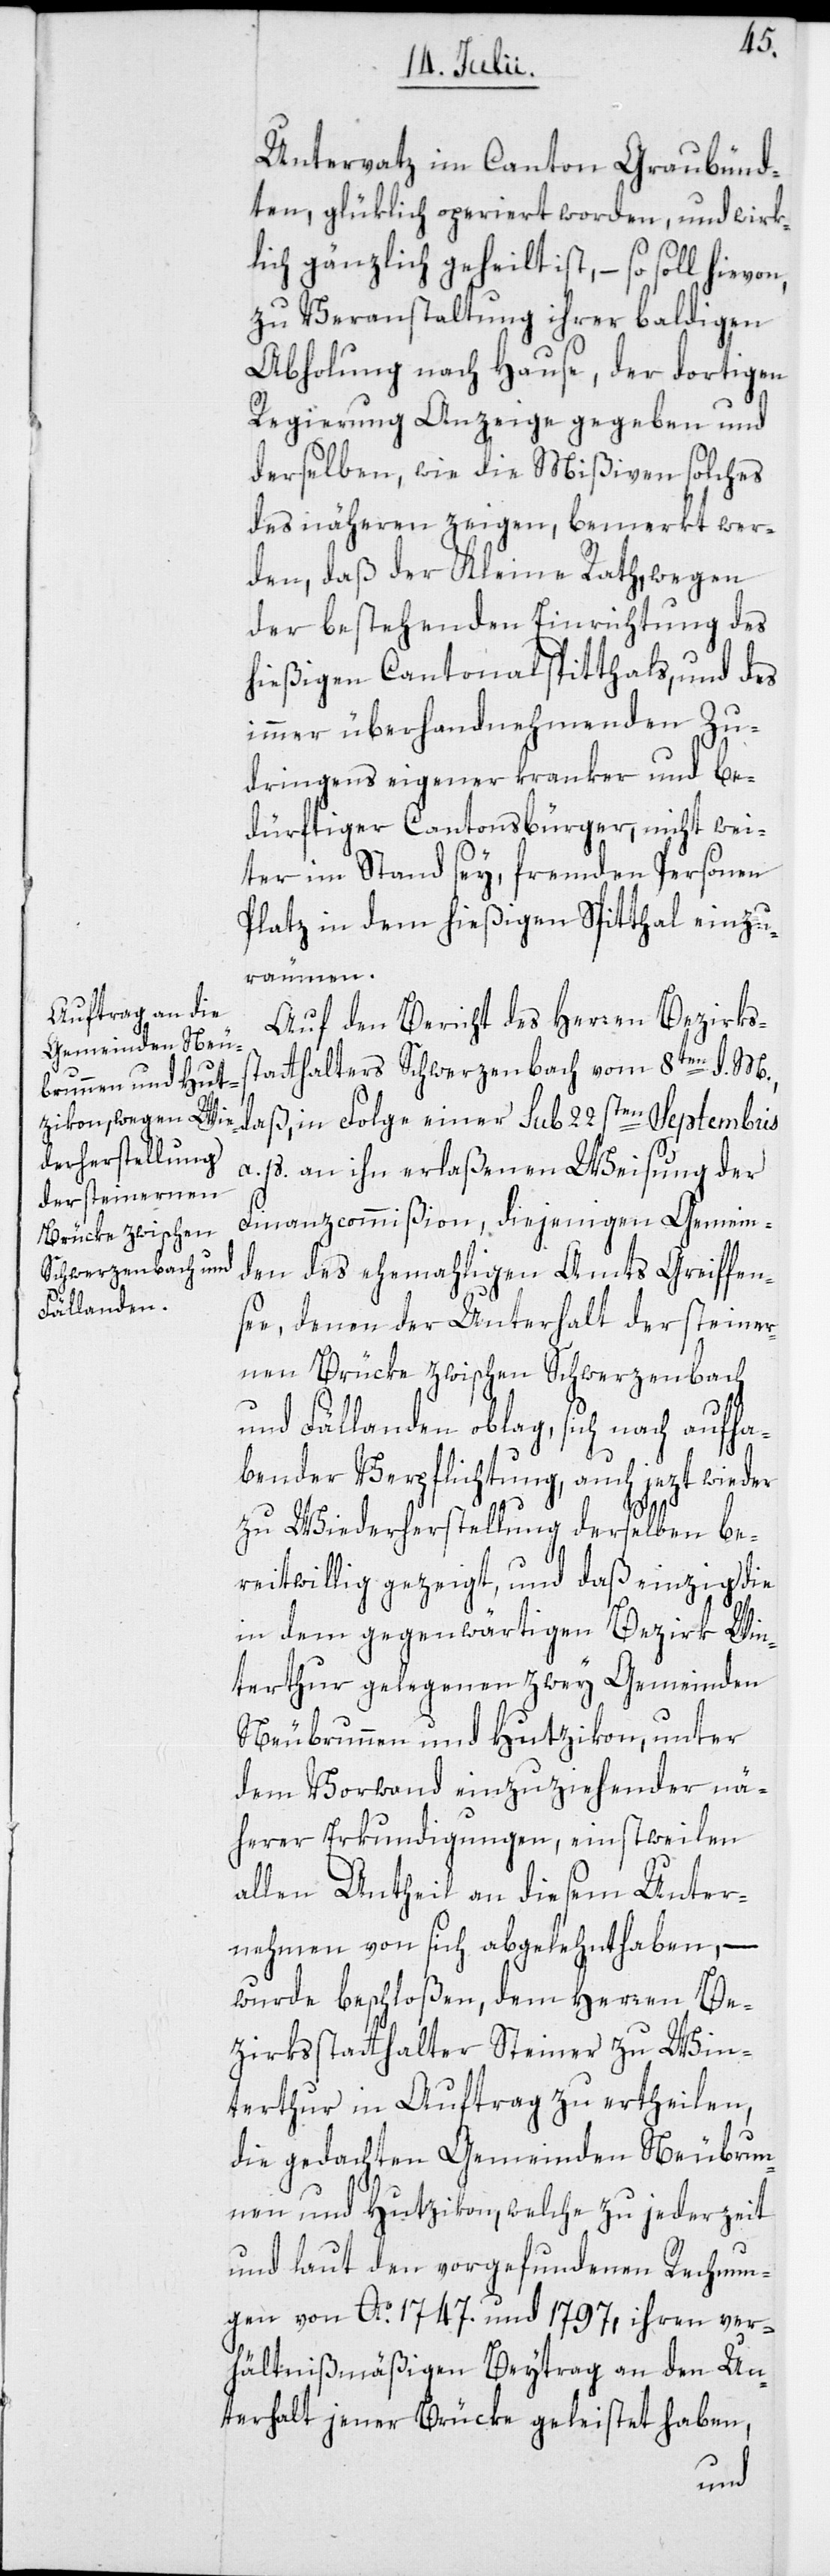
Untervatz im Canton Graubünd¬
ten, glüklich operiert worden, und wirk¬
lich gänzlich geheilt ist, – so soll hievon,
zu Veranstaltung ihrer baldigen
Abholung nach Hause, der dortigen
Regierung Anzeige gegeben und
derselben, wie die Mißiven solches
des näheren zeigen, bemerkt wer¬
den, daß der Kleine Rath, wegen
der bestehenden Einrichtung des
hießigen Cantonalspitthals, und des
immer überhandnehmenden Zu¬
dringens eigener kranker und be¬
dürftiger Cantonsbürger, nicht wei¬
ter im Stand sey, fremden Personen
Platz in dem hießigen Spitthal einzu¬
räumen.
Auf den Bericht des Herren Bezirks¬
statthalters Schwerzenbach vom 8ten d. M.,
daß, in Folge einer sub 22sten Septembris
a. p. an ihn erlaßenen Weisung der
Finanzcommißion, diejenigen Gemein¬
den des ehemahligen Amts Greiffen¬
see, denen der Unterhalt der steiner¬
nen Brücke zwischen Schwerzenbach
und Fällanden oblag, sich nach aufha¬
bender Verpflichtung, auch jezt wieder
zu Wiederherstellung derselben be¬
reitwillig gezeigt, und daß einzig die
in dem gegenwärtigen Bezirk Win¬
terthur gelegenen zwey Gemeinden
Neubrunnen und Hutzikon, unter
dem Vorwand einzuziehender nä¬
herer Erkundigungen, einstweilen
allen Antheil an diesem Unter¬
nehmen von sich abgelehnt haben, –
wurde beschloßen, dem Herren Be¬
zirksstatthalter Steiner zu Win¬
terthur in Auftrag zu ertheilen,
die gedachten Gemeinden Neubrun¬
nen und Hutzikon, welche zu jederzeit
und laut den vorgefundenen Rechnun¬
gen von Ao 1747. und 1797, ihren ver¬
hältnißmäßigen Beytrag an den Un¬
terhalt jener Brücke geleistet haben,